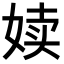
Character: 𪥿